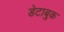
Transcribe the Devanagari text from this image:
डेटाबुक